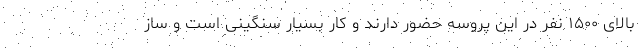
بالای ۱۵۰۰ نفر در این پروسه حضور دارند و کار بسیار سنگینی است و ساز